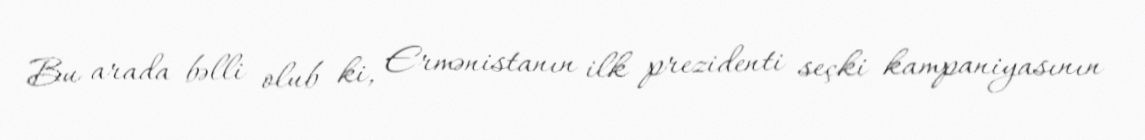
Bu arada bəlli olub ki, Ermənistanın ilk prezidenti seçki kampaniyasının